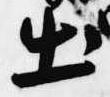
出